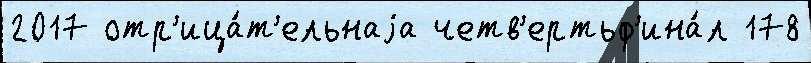
2017 отр'ица́т'ельнаjа четв'ертьф'ина́л 178